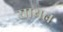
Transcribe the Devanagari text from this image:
सायत्न